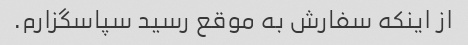
از اینکه سفارش به موقع رسید سپاسگزارم.